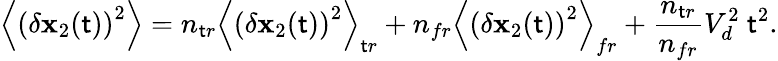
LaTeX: \left\langle\left(\delta\mathbf{x}_{2}(\mathsf{t})\right)^{2}\right\rangle=n_{\mathsf{t}r}\left\langle\left(\delta\mathbf{x}_{2}(\mathsf{t})\right)^{2}\right\rangle_{\mathsf{t}r}+n_{fr}\left\langle\left(\delta\mathbf{x}_{2}(\mathsf{t})\right)^{2}\right\rangle_{fr}+\frac{{n_{\mathsf{t}r}}}{{n_{fr}}}V_{d}^{2}\ \mathsf{t}^{2}.